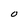
Character: O